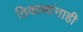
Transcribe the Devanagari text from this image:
ठिकाणांनाही